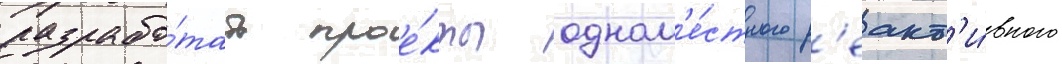
разрабо́тать прое́кты одном'е́стного р'еакт'и́вного